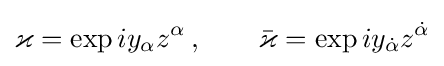
\varkappa =\exp {iy_{\alpha }z^{\alpha }}\,,\qquad {\bar {\varkappa }}=\exp {iy_{\dot {\alpha }}z^{\dot {\alpha }}}